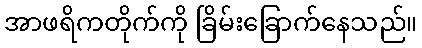
အာဖရိကတိုက်ကို ခြိမ်းခြောက်နေသည်။